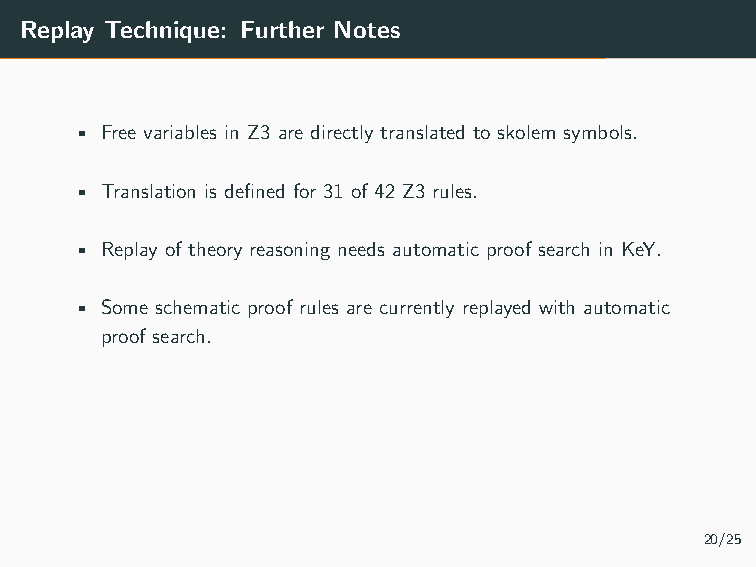
• By construction, the technique is sound.
 • The technique is total (under assumptions).
 Replay Technique: Further Notes
 • Free variables in Z3 are directly translated to skolem symbols.
 • Translation is defined for 31 of 42 Z3 rules.
 • Replay of theory reasoning needs automatic proof search in KeY.
 • Some schematic proof rules are currently replayed with automatic
 proof search.
 20/25